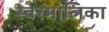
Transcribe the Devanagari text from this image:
स्वरमालिका